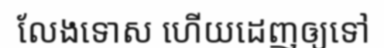
លែងទោស ហើយដេញឲ្យទៅ